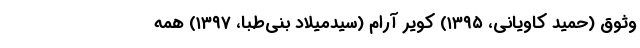
وثوق (حمید کاویانی، ۱۳۹۵) کویر آرام (سیدمیلاد بنی‌طبا، ۱۳۹۷) همه